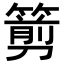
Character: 𥲫